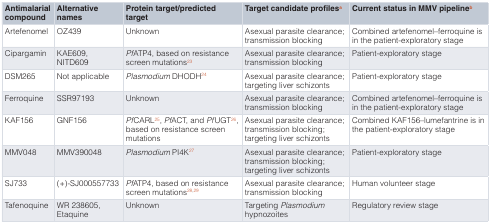
| Antimalarialcompound | Alternativenames | Protein target/predictedtarget | Target candidate profilesa | Current status in MMV pipelineb |
 | --- | --- | --- | --- | --- |
 | Artefenomel | OZ439 | Unknown | Asexual parasite clearance;transmission blocking | Combined artefenomel–ferroquine isin the patient-exploratory stage |
 | Cipargamin | KAE609,NITD609 | PfATP4, based on resistancescreen mutations23 | Asexual parasite clearance;transmission blocking | Patient-exploratory stage |
 | DSM265 | Not applicable | Plasmodium DHODH24 | Asexual parasite clearance;targeting liver schizonts | Patient-exploratory stage |
 | Ferroquine | SSR97193 | Unknown | Asexual parasite clearance;transmission blocking | Combined artefenomel–ferroquine isin the patient-exploratory stage |
 | KAF156 | GNF156 | PfCARL25,PfACT, andPfUGT26,based on resistance screenmutations | Asexual parasite clearance;transmission blocking;targeting liver schizonts | Combined KAF156–lumefantrine is inthe patient-exploratory stage |
 | MMV048 | MMV390048 | Plasmodium PI4K27 | Asexual parasite clearance;transmission blocking;targeting liver schizonts | Patient-exploratory stage |
 | SJ733 | (+)-SJ000557733 | PfATP4, based on resistancescreen mutations28,29 | Asexual parasite clearance;transmission blocking | Human volunteer stage |
 | Tafenoquine | WR 238605,Etaquine | Unknown | TargetingPlasmodiumhypnozoites | Regulatory review stage |